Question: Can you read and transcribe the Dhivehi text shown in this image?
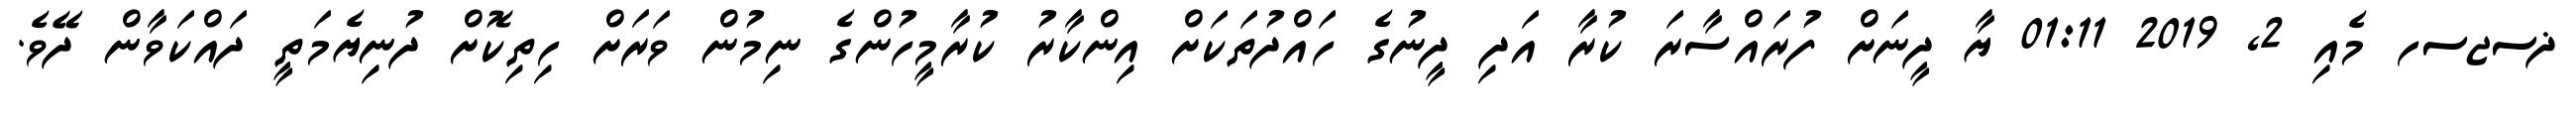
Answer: ޛސޖސހ މެއި 2, 2019 01:11 ޔާ ދީނަށް ފުރައްސާރަ ކުރާ އަދި ދީނުގެ ހައްދުތަކަށް އިންކާރު ކުރާމީހުންގެ ނިމުން ވަރަށް ހިތިކޮށް ދުނިޔެމަތީ ދައްކަވާން ދޭވެ.